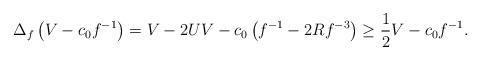
LaTeX: \begin{align*} \Delta_{f} \left( V-c_0 f^{-1}\right)= V-2UV-c_0 \left( f^{-1}-2Rf^{-3}\right) \geq \frac{1}{2}V-c_0 f^{-1}. \end{align*}